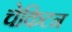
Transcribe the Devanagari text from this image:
चेकिटन